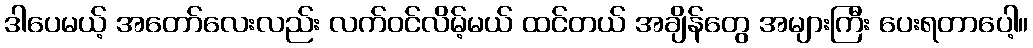
ဒါပေမယ့် အတော်လေးလည်း လက်ဝင်လိမ့်မယ် ထင်တယ် အချိန်တွေ အများကြီး ပေးရတာပေါ့။